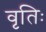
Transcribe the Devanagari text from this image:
वृतिः